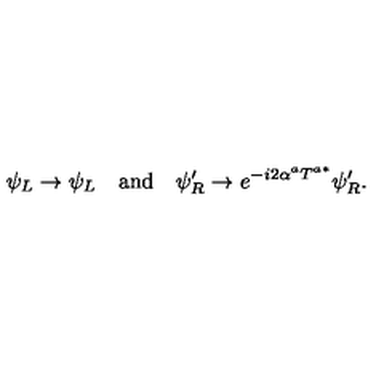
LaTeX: \psi _ { L } \to \psi _ { L } \quad \mathrm { a n d } \quad \psi _ { R } ^ { \prime } \to e ^ { - i 2 \alpha ^ { a } T ^ { a * } } \psi _ { R } ^ { \prime } .